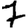
Digit: 7